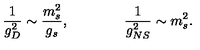
\frac { 1 } { g _ { D } ^ { 2 } } \sim \frac { m _ { s } ^ { 2 } } { g _ { s } } , \qquad \qquad \frac { 1 } { g _ { N S } ^ { 2 } } \sim m _ { s } ^ { 2 } .